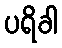
ပရိခါ